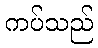
ကပ်သည်